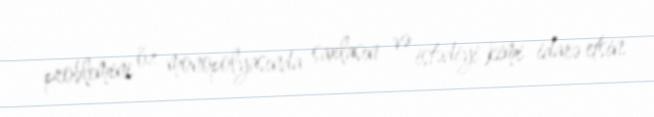
problemini öz monopolyasında saxlasın və istədiyi kimi idarə etsin.